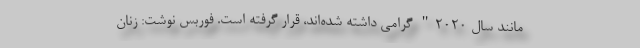
مانند سال ۲۰۲۰" گرامی داشته شده‌اند، قرار گرفته است. فوربس نوشت: زنان